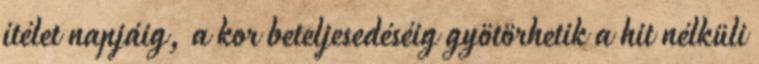
ítélet napjáig, a kor beteljesedéséig gyötörhetik a hit nélküli